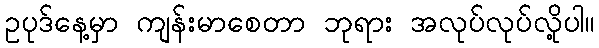
ဥပုဒ်နေ့မှာ ကျန်းမာစေတာ ဘုရား အလုပ်လုပ်လို့ပါ။